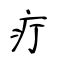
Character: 疔